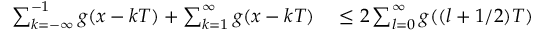
\begin{array} { r l } { \sum _ { k = - \infty } ^ { - 1 } g ( x - k T ) + \sum _ { k = 1 } ^ { \infty } g ( x - k T ) } & { { } \le 2 \sum _ { l = 0 } ^ { \infty } g ( ( l + 1 / 2 ) T ) } \end{array}